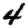
Digit: 4